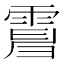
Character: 𩃿